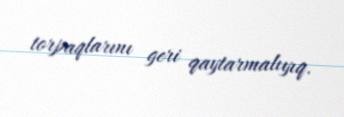
torpaqlarını geri qaytarmalıyıq.